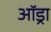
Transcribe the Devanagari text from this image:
ऑड्रा